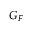
G _ { F }